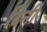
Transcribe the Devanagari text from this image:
दिनीं